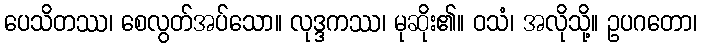
ပေသိတဿ၊ စေလွတ်အပ်သော။ လုဒ္ဒကဿ၊ မုဆိုး၏။ ဝသံ၊ အလိုသို့။ ဥပဂတော၊